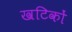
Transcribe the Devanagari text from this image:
खटिकों